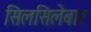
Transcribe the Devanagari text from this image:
सिलसिलेबार